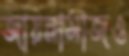
জায়নামাজও